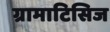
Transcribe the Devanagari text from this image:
ग्रामाटिसिज